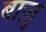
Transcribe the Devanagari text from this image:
बाज़ु